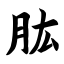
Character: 肱